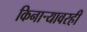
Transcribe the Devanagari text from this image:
किनाऱ्यावरही